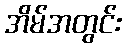
အိမ်အတွင်း